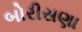
બોરીસણા